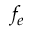
f _ { e }